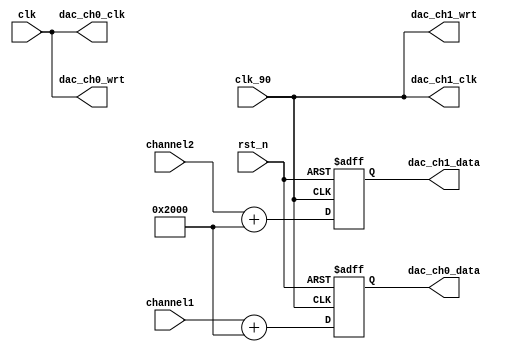
`timescale 1ns / 1ps
//////////////////////////////////////////////////////////////////////////////////
// Company: 
// Engineer: 
// 
// Design Name: 
// Module Name: DACfun
// Project Name: 
// Target Devices: 
// Tool Versions: 
// Description: 
// 
// Dependencies: 
// 
// Revision:
// Revision 0.01 - File Created
// Additional Comments:
// 
//////////////////////////////////////////////////////////////////////////////////


module DACfun(
    input clk,
    input clk_90,
    input rst_n,
    input signed [13:0] channel1,
    input signed [13:0] channel2,

    output dac_ch0_clk,
    output dac_ch0_wrt,
    output dac_ch1_clk,
    output dac_ch1_wrt,
    output [13:0] dac_ch0_data,
    output [13:0] dac_ch1_data
    );

    reg signed [13:0] out1;
    reg signed [13:0] out2;

    always @(posedge clk_90 or negedge rst_n) begin
        if(!rst_n) begin
            out1 <= 0;
            out2 <= 0;
        end
        else begin
            out1 <= channel1 + 14'h2000;
            out2 <= channel2 + 14'h2000;
        end
    end 

    assign dac_ch0_clk = clk;
    assign dac_ch0_wrt = clk;
    assign dac_ch0_data = out1;

    assign dac_ch1_clk = clk_90;
    assign dac_ch1_wrt = clk_90;
    assign dac_ch1_data = out2;
endmodule